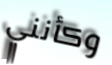
وكأنني